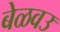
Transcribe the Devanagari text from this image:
बेळवउ